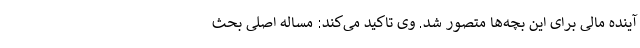
آینده مالی برای این بچه‌ها متصور شد. وی تاکید می‌کند: مساله اصلی بحث